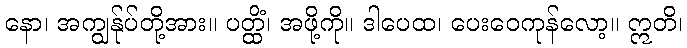
နော၊ အကျွန်ုပ်တို့အား။ ပတ္ထိံ၊ အဖို့ကို။ ဒါပေထ၊ ပေးဝေကုန်လော့။ ဣတိ၊